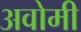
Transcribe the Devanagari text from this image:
अवोमी